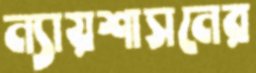
ন্যায়শাসনের